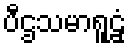
ပီဌသမာရူဠှံ